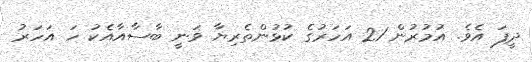
ދީފަ އެވެ. އުމުރުން 21 އަހަރުގެ ކުޅުންތެރިޔާ ވަނީ ބާސާއާއެކު ހަ އަހަރު